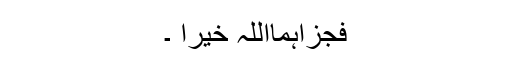
فجزاہمااللہ خیرا ۔